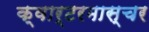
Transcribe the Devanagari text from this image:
क्वार्टरमास्चर